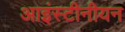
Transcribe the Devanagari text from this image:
आइंस्टीनीयन